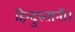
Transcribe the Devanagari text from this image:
हिन्दुस्तानी।